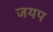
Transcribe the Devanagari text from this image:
जयप